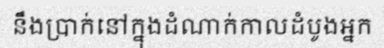
នឹងប្រាក់នៅក្នុងដំណាក់កាលដំបូងអ្នក